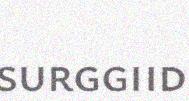
surggiid